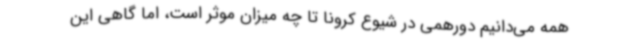
همه می‌دانیم دورهمی در شیوع کرونا تا چه میزان موثر است، اما گاهی این